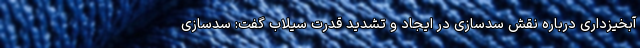
آبخیزداری درباره نقش سدسازی در ایجاد و تشدید قدرت سیلاب گفت: سدسازی